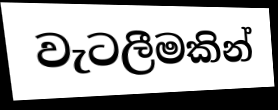
වැටලීමකින්